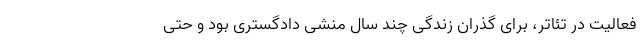
فعالیت در تئاتر، برای گذران زندگی چند سال منشی دادگستری بود و حتی